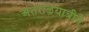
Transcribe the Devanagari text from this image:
अंतराळयात्रीने